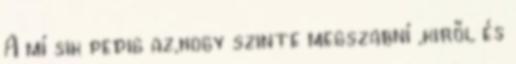
A mí sik pedig az,hogy szinte megszabní ,kiről és